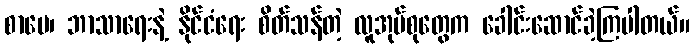
စာပေ၊ ဘာသာရေးနဲ့ နိုင်ငံရေး စိတ်သန်တဲ့ လူအုပ်စုတွေက ခေါင်းဆောင်ခဲ့ကြပါတယ်။